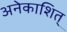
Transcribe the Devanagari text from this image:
अनेकाशित्‌